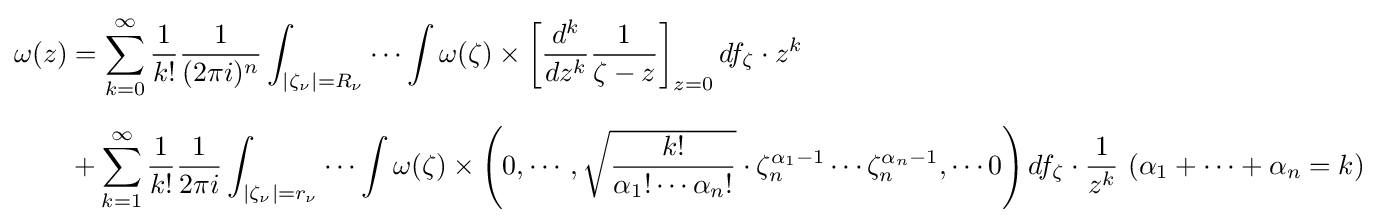
{\begin{aligned}\omega (z)&=\sum _{k=0}^{\infty }{\frac {1}{k!}}{\frac {1}{(2\pi i)^{n}}}\int _{|\zeta _{\nu }|=R_{\nu }}\cdots \int \omega (\zeta )\times \left[{\frac {d^{k}}{dz^{k}}}{\frac {1}{\zeta -z}}\right]_{z=0}df_{\zeta }\cdot z^{k}\\[6pt]&+\sum _{k=1}^{\infty }{\frac {1}{k!}}{\frac {1}{2\pi i}}\int _{|\zeta _{\nu }|=r_{\nu }}\cdots \int \omega (\zeta )\times \left(0,\cdots ,{\sqrt {\frac {k!}{\alpha _{1}!\cdots \alpha _{n}!}}}\cdot \zeta _{n}^{\alpha _{1}-1}\cdots \zeta _{n}^{\alpha _{n}-1},\cdots 0\right)df_{\zeta }\cdot {\frac {1}{z^{k}}}\ (\alpha _{1}+\cdots +\alpha _{n}=k)\end{aligned}}